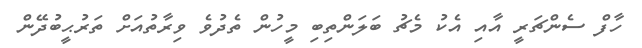
ހާފް ސެންޗަރީ އާއި އެކު މެޗު ބަލަންތިބި މީހުން ތެދުވެ ވިރާތުއަށް ތަރުޙީބުދޭން